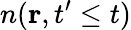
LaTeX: n({\mathbf r},t^{\prime}\le t)